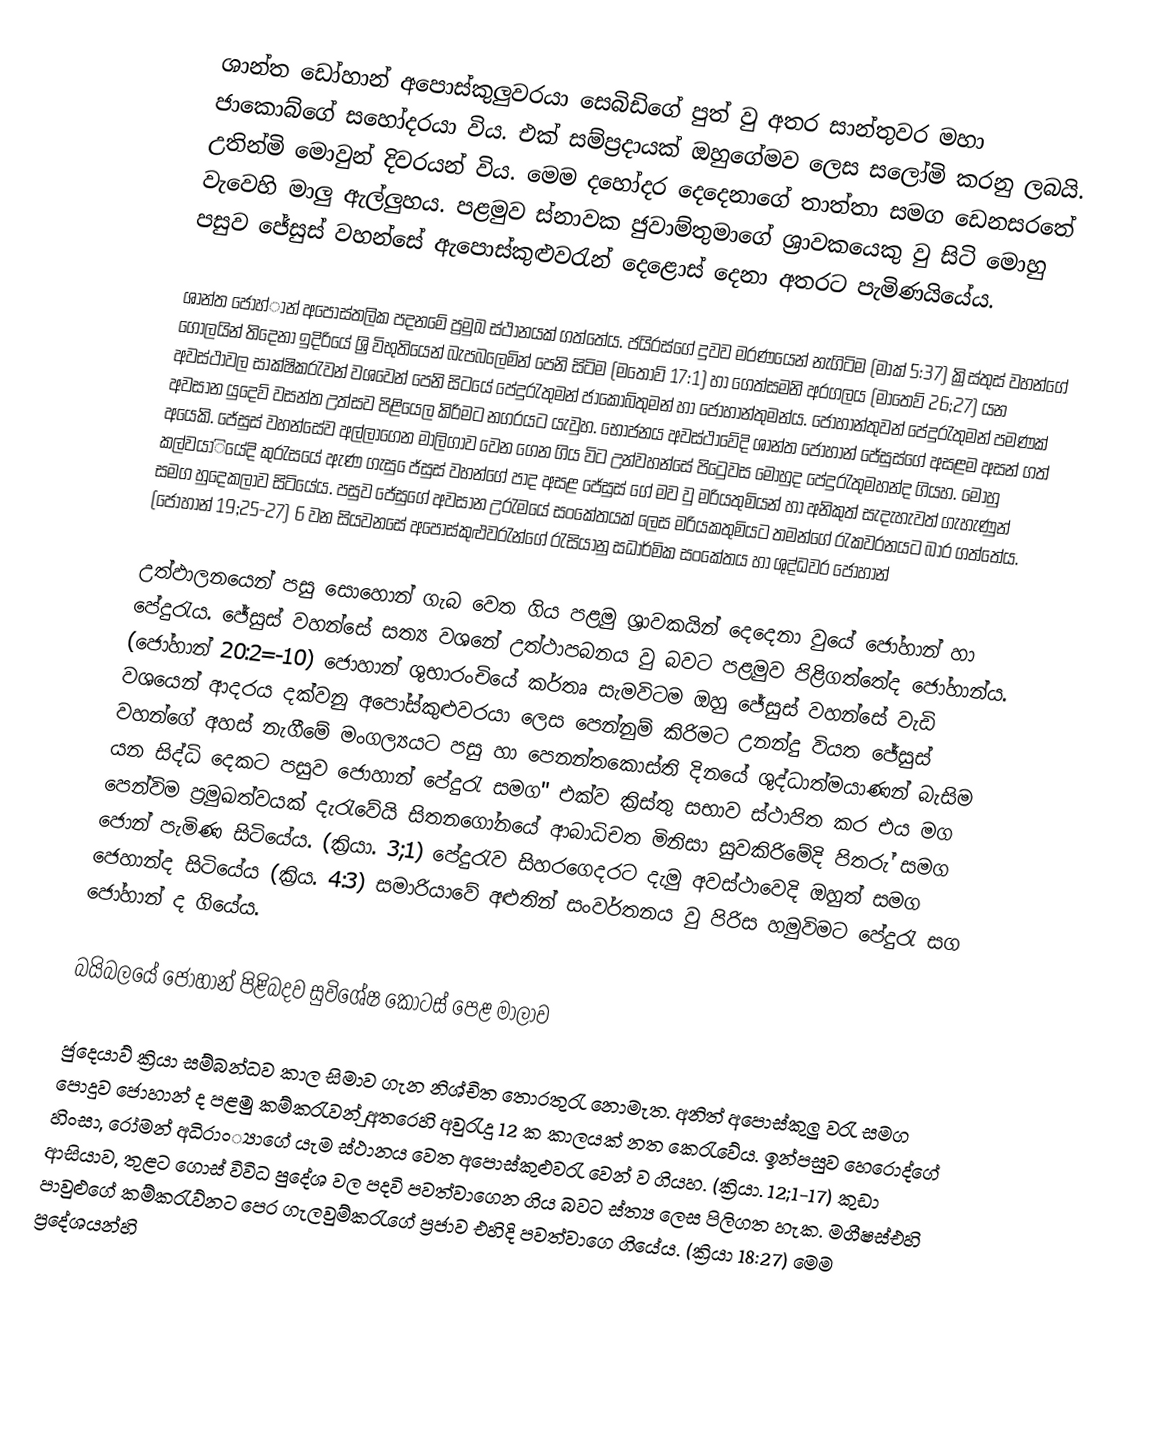
ශාන්ත ඩෝහාන් අපොස්කුලුවරයා සෙබිඩිගේ පුත් වු අතර සාන්තුවර මහා ජාකොබ්ගේ සහෝදරයා විය. එක් සම්ප්‍රදායක් ඔහු‍ගේමව ලෙස සලෝමි කරනු ලබයි. උතින්මි මොවුන් දිවරයන් විය. මෙම දහෝදර දෙදෙනාගේ තාත්තා සමග ඩෙන‍සරතේ වැවෙහි මාලු ඇල්ලුහය. පළමුව ස්නාවක ජුවාම්තුමාගේ ශ්‍රාවකයෙකු වු සිටි මොහු පසුව ජේසුස් වහන්සේ ඇපොස්කුළුවරැන් දෙළොස් දෙනා අතරට පැමිණයියේය.

ශාන්ත ජොහ්ාන් අපොස්තලික පදනමේ ප්‍රමුඛ ස්ථානයක් ගත්තේය. ජයිරස්ගේ දුවව මරණයෙන් නැගිටිම (මාක් 5:37) ක්‍රිස්තුස් වහන්ගේ ගෝලයින් තිදෙනා ඉදිරියේ ශ්‍රි විභුතියෙන් බැපබලෙමින් පෙනි සිටිම (‍මතොව් 17:1) හා ගෙත්සමනි අරගලය (මාතෙව් 26;27) යන අවස්ථාවල සාක්ෂිකරැවන් වශවෙන් පෙනි සිටයේ පේදුරැතුමන් ‍ජාකොබ්තුමන් හා ජොහාන්තුමන්ය. ජොහාන්තුවන් පේදුරැතුමන් පමණක් අවසාන යුදෙව් වසන්ත උත්සව පිළියෙල කිරිමට නගරයට යැවුහ. භෝජනය අවස්ථාවේදි ශාන්ත ජෝහාන් ජේසුස්ගේ අසළම අසන් ගත් අයෙකි. ජේසුස් වහන්සේව අල්ලාගෙන මාලිගාව වෙන ගෙන ගිය විට උන්වහන්සේ පිටෙුවස මොහුද පේදුරැතුමහන්ද ගියහ. මොහු කල්වයාියේදි කුරැසයේ ඇණ ගැසු ‍ෙජ්සුස් වහන්ගේ පාද අසළ ජේසුස් ගේ මව වු මරියතුමියන් හා අනිකුත් සැදැහැවත් ගැහැණුන් සමග හුදෙකලාව සිටියේය. පසුව ජේසුගේ අවසාන උරැමයේ සංකේතයක් ලෙස මරියකතුමියට තමන්ගේ රැකවරනයට බාර ගත්තේය. (ජො‍හාන් 19;25-27) 6 වන සියවනසේ අපොස්කුළුවරැන්ගේ රැසියානු සධාර්මික සංකේතය හා ශුද්ධවර ජෝහාන්

උත්ඵාලනයෙන් පසු සොහොන් ගැබ වෙත ගිය පළමු ශ්‍රාවකයින් දෙදෙනා වුයේ ‍ජෝහාන් හා පේදුරැය. ජේසුස් වහන්සේ සත්‍ය වශනේ උත්ථාපබනය වු බවට පළමුව පිළිගත්තේද ජෝහාන්ය. (ජෝහාන් 20:2=-10)  ජොහාන් ශුභාරංචියේ කර්තෘ සැමවිටම ඔහු ජේසුස් වහන්සේ වැඩි වශයෙන් ආදරය දක්වනු අපෝස්කුළුවරයා ලෙස පෙන්නුම් කිරිමට උනන්දු වියත ජේසුස් වහන්ගේ අහස් නැගීමේ මංගල්‍යයට පසු හා පෙනන්තකොස්ති දිනයේ ශුද්ධාත්මයාණන් බැසිම යන සිද්ධි දෙකට පසුව  ජොහාන් පේදුරැ සමග" එක්ව ක්‍රිස්තු සභාව ස්ථාපිත කර එය මග පෙන්විම ප්‍රමුඛත්වයක් දැරැවේයි සිතනගෝනයේ ආබාධිචත මිනිසා සුවකිරිමේදි පිතරු් සමග ජොන් පැමිණ සිටියේය. (ක්‍රියා. 3;1) පේදුරැව සිහරගෙදරට දැමු අවස්ථාවෙදි ඔහුත් සමග ජෙහාන්ද සිටියේය (ක්‍රිය. 4:3) සමාරියාවේ අළුතින් සංවර්තනය වු පිරිස හමුවිමට පේදුරැ සග ජෝහාන් ද ගියේය.

බයිබලයේ ජොහාන් පිළිබදව සුවිශේෂ කොටස් පෙළ මාලාව

ජුදෙයා‍ව් ක්‍රියා සම්බන්ධව කාල සිමාව ගැන නිශ්චිත තොරතුරැ නොමැත. අනිත් අපොස්කුලු වරැ සමග පොදුව ජොහාන් ද පළමු කම්කරැවන් ුඅතරෙහි අවුරැදු 12 ක කාලයක් නත කෙරැවේය. ඉන්පසුව හෙරොද්ගේ හිංසා, රෝමන් අධිරාං්‍යාගේ යැම ස්ථානය වෙත අපොස්කුළුවරැ වෙන් ව ගියහ. (ක්‍රියා. 12;1-17) කුඩා ආසියාව, තුළට ගොස් විවිධ පුදේශ වල පදවි පවත්වාගෙන ගිය බවට ස්‍ත්‍ය ලෙස පිලිගත හැක. මගීෂස්එහි පාවුළුගේ කම්කරැව්නට පෙර ගැලවුම්කරැගේ ප්‍රජාව එහිදි පවත්වාගෙ ගියේය. (ක්‍රියා 18:27) මෙම ප්‍රදේශයන්හි